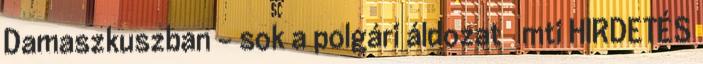
Damaszkuszban – sok a polgári áldozat mti HIRDETÉS